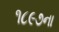
૧૮૯૭ના